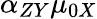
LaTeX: \alpha_{ZY}\mu_{0X}